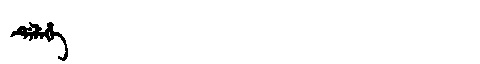
Manchu: ᡩᡝᠯᡝᡥᡝ
Romanization: DELEHE